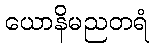
ယောနိမညတရံ